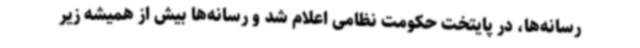
رسانه‌ها، در پایتخت حکومت نظامی اعلام شد و رسانه‌ها بیش از همیشه زیر